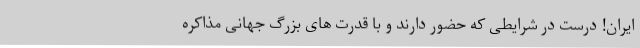
ایران! درست در شرایطی که حضور دارند و با قدرت های بزرگ جهانی مذاکره